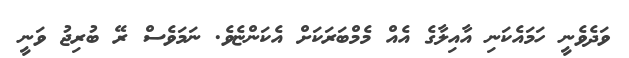
ވަދެވެނީ ހަމައެކަނި އާއިލާގެ އެއް މެމްބަރަަކަށް އެކަންޏެވެެ. ނަމަވެސް ރޭ ބުރިޖު ވަނީ